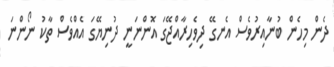
ދެން މިހެން ބުނާއިރުވެސް އެނގޭ ދިވެހިރާއްޖޭގަ އޮންނަނީ ދުނިޔޭގަ އެއްވެސް ތާކު ނޯންނަ